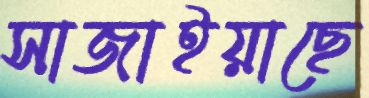
সাজাইয়াছে